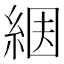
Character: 𦀶